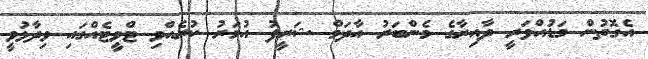
އެގޮތުން މަޑުއްވަރީ ދާއިރާގެ މެންބަރު އާދަމް ޝަރީފު އުމަރު ކުރެއްވި ޓްވީޓެއްގައި ވިދާޅުވީ